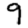
Digit: 9